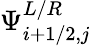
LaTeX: \Psi_{i+1/2,j}^{L/R}